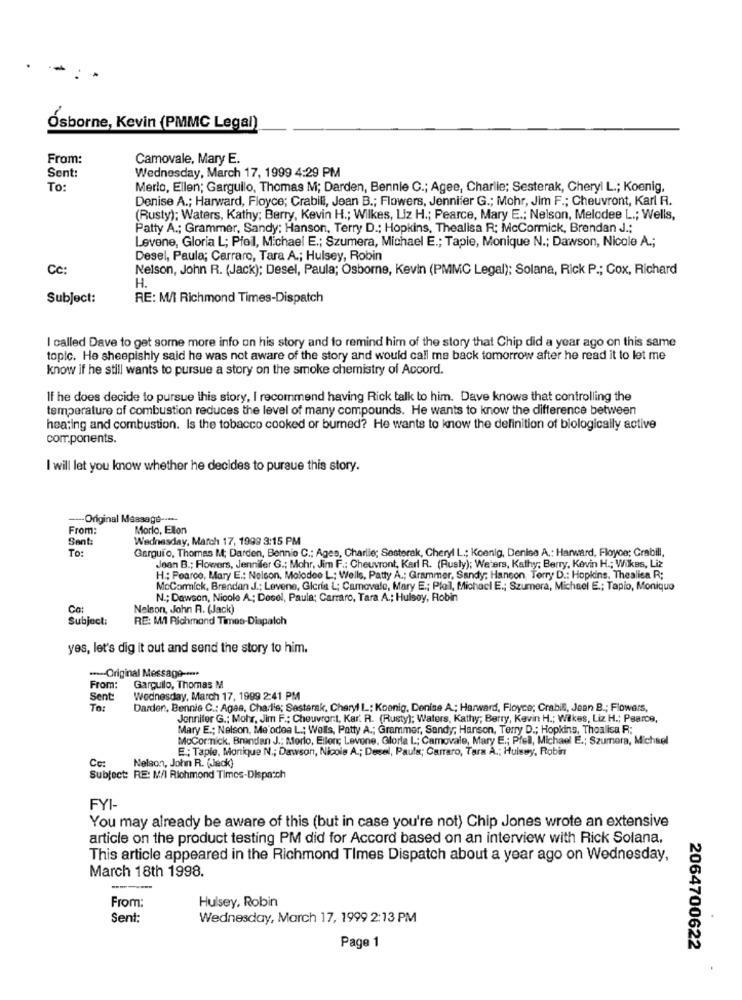
-
Osborne, Kevin (PMMC Legal)
From:
Camovale, Mary E.
Wednesday, March 17, 1999 4:29 PM
Sent:
To:
Merlo, Ellen; Gargullo, Thomas M; Darden, Bennie C .; Agee, Charlie; Sesterak, Cheryl L .; Koenig,
Denise A .; Harward, Floyce; Crabill, Jean B .; Flowers, Jennifer G .; Mohr, Jim F .; Cheuvront, Karl R.
(Rusty); Waters, Kathy; Berry, Kevin H .; Wilkes, Liz H .; Pearce, Mary E .; Nelson, Melodee L .; Wells,
Patty A .; Grammer, Sandy; Hanson, Terry D .; Hopkins, Thealisa R; McCormick, Brendan J .;
Levene, Gloria L; Pfeil, Michael E .; Szumera, Michael E .; Tapie, Monique N .; Dawson, Nicole A .;
Desel, Paula; Carraro, Tara A .; Hulsey, Robin
Cc:
Nelson, John R. (Jack); Desel, Paula; Osborne, Kevin (PMMC Legal); Solana, Rick P .; Cox, Richard
H.
Subject:
RE: M/I Richmond Times-Dispatch
I called Dave to get some more info on his story and to remind him of the story that Chip did a year ago on this same
topic. He sheepishly said he was not aware of the story and would call me back tomorrow after he read it to let me
know if he still wants to pursue a story on the smoke chemistry of Accord.
If he does decide to pursue this story, I recommend having Rick talk to him. Dave knows that controlling the
temperature of combustion reduces the level of many compounds. He wants to know the difference between
heating and combustion. Is the tobacco cooked or burned? He wants to know the definition of biologically active
components.
I will let you know whether he decides to pursue this story.
-Original Message ----
From:
Morlo, Ellon
Sent:
Wednesday, March 17, 1999 3:15 PM
To:
Garguio, Thomas M; Darden, Bennio C .: Ages, Charlie; Sesterak, Cheryl L .; Koenig, Denise A .: Harward, Floyoe; Grabill,
Jean B .; Flowers, Jennifer G .; Mohr, Jim F .: Cheuvront, Karl R. (Rusty); Waters, Kathy; Berry, Kevin H .; Wilkes, Liz
H: Pearco, Mary E .: Nelson, Molodee L; Wells, Patty A .; Grammer, Sandy; Hanson, Terry D .: Hopkins, Thealisa R;
McCormick, Brendan J .; Levene, Gicria L; Camovale, Mary E .; Plol, Michacl E .; Szumera, Michael E .; Tapio, Monique
N .; Dawson, Nicole A .; Dosel, Paula: Carraro, Tara A .; Hulsoy, Robin
Ca:
Nelson, John R. (Jack)
Subject:
RE: M1 Richmond Times-Dispatch
yes, let's dig it out and send the story to him.
---- Original Message -....
From:
Garguilo, Thomas M
Sent:
Wednesday, March 17, 1999 2:41 PM
To:
Darder, Bennie C .: Agea, Charlie; Sesterak, Cheryl L; Koenig, Denise A .; Harward, Floyco; Crabill, Jean B .; Flowers,
Jennifer G .: Mohr, Jim F .; Cheuvront, Kar. R. (Rusty); Waters, Kathy; Barry, Kevin H .; Wilkes, Liz H .; Pearce,
Mary E .: Nelson, Me'odea L .; Wells, Patty A .; Grammer, Sandy; Hanson, Terry D .; Hopkins, Thealisa R;
MoCor nick, Brendan J .: Morlo, Ellon; Levene, Gloria L; Camovale, Mary E .; Pfell, Michael E .; Szumera, Michael
E; Tapie, Monique N .; Dawson, Nicole A .; Desel, Paula; Carraro, Tara À .; Hulsey, Robin
Cc:
Nelson, John R. (Jack)
Subject: RE: M/ Richmond Times-Dispatch
FYI-
You may already be aware of this (but in case you're not) Chip Jones wrote an extensive
article on the product testing PM did for Accord based on an interview with Rick Solana.
This article appeared in the Richmond Times Dispatch about a year ago on Wednesday,
March 18th 1998.
From:
Hulsey, Robin
Sent:
Wednesday, March 17, 1999 2:13 PM
Page 1
2064700622